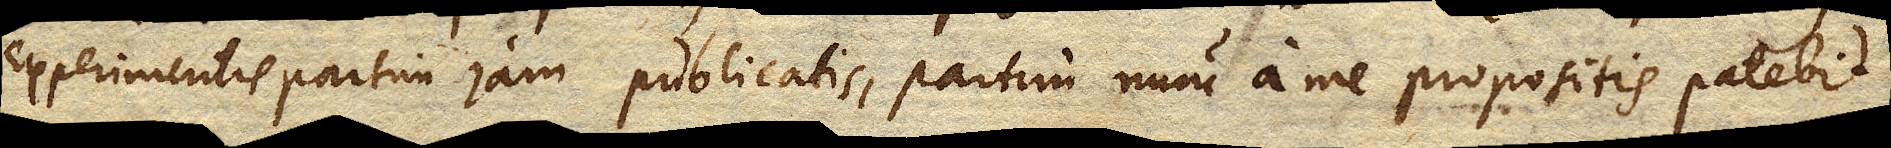
Experimentis partim jam publicatis, partim nunc a me propositis patebit